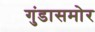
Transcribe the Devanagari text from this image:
गुंडासमोर